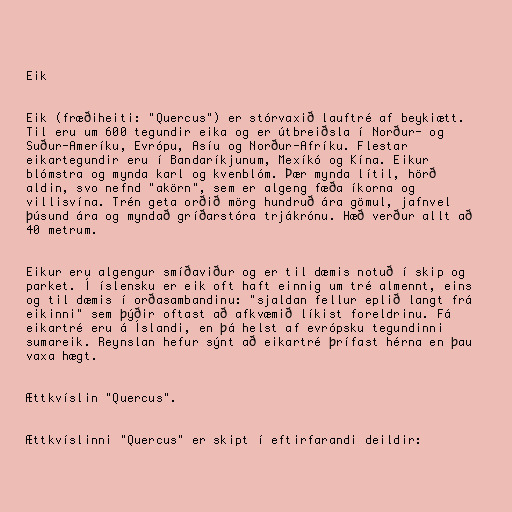
Eik

Eik (fræðiheiti: "Quercus") er stórvaxið lauftré af beykiætt.
Til eru um 600 tegundir eika og er útbreiðsla í Norður- og
Suður-Ameríku, Evrópu, Asíu og Norður-Afríku. Flestar
eikartegundir eru í Bandaríkjunum, Mexíkó og Kína. Eikur
blómstra og mynda karl og kvenblóm. Þær mynda lítil, hörð
aldin, svo nefnd "akörn", sem er algeng fæða íkorna og
villisvína. Trén geta orðið mörg hundruð ára gömul, jafnvel
þúsund ára og myndað gríðarstóra trjákrónu. Hæð verður allt að
40 metrum.

Eikur eru algengur smíðaviður og er til dæmis notuð í skip og
parket. Í íslensku er eik oft haft einnig um tré almennt, eins
og til dæmis í orðasambandinu: "sjaldan fellur eplið langt frá
eikinni" sem þýðir oftast að afkvæmið líkist foreldrinu. Fá
eikartré eru á Íslandi, en þá helst af evrópsku tegundinni
sumareik. Reynslan hefur sýnt að eikartré þrífast hérna en þau
vaxa hægt.

Ættkvíslin "Quercus".

Ættkvíslinni "Quercus" er skipt í eftirfarandi deildir: